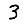
Digit: 3